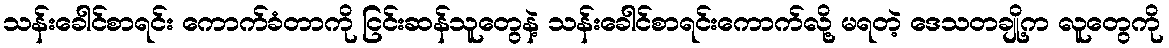
သန်းခေါင်စာရင်း ကောက်ခံတာကို ငြင်းဆန်သူတွေနဲ့ သန်းခေါင်စာရင်းကောက်လို့ မရတဲ့ ဒေသတချို့က လူတွေကို